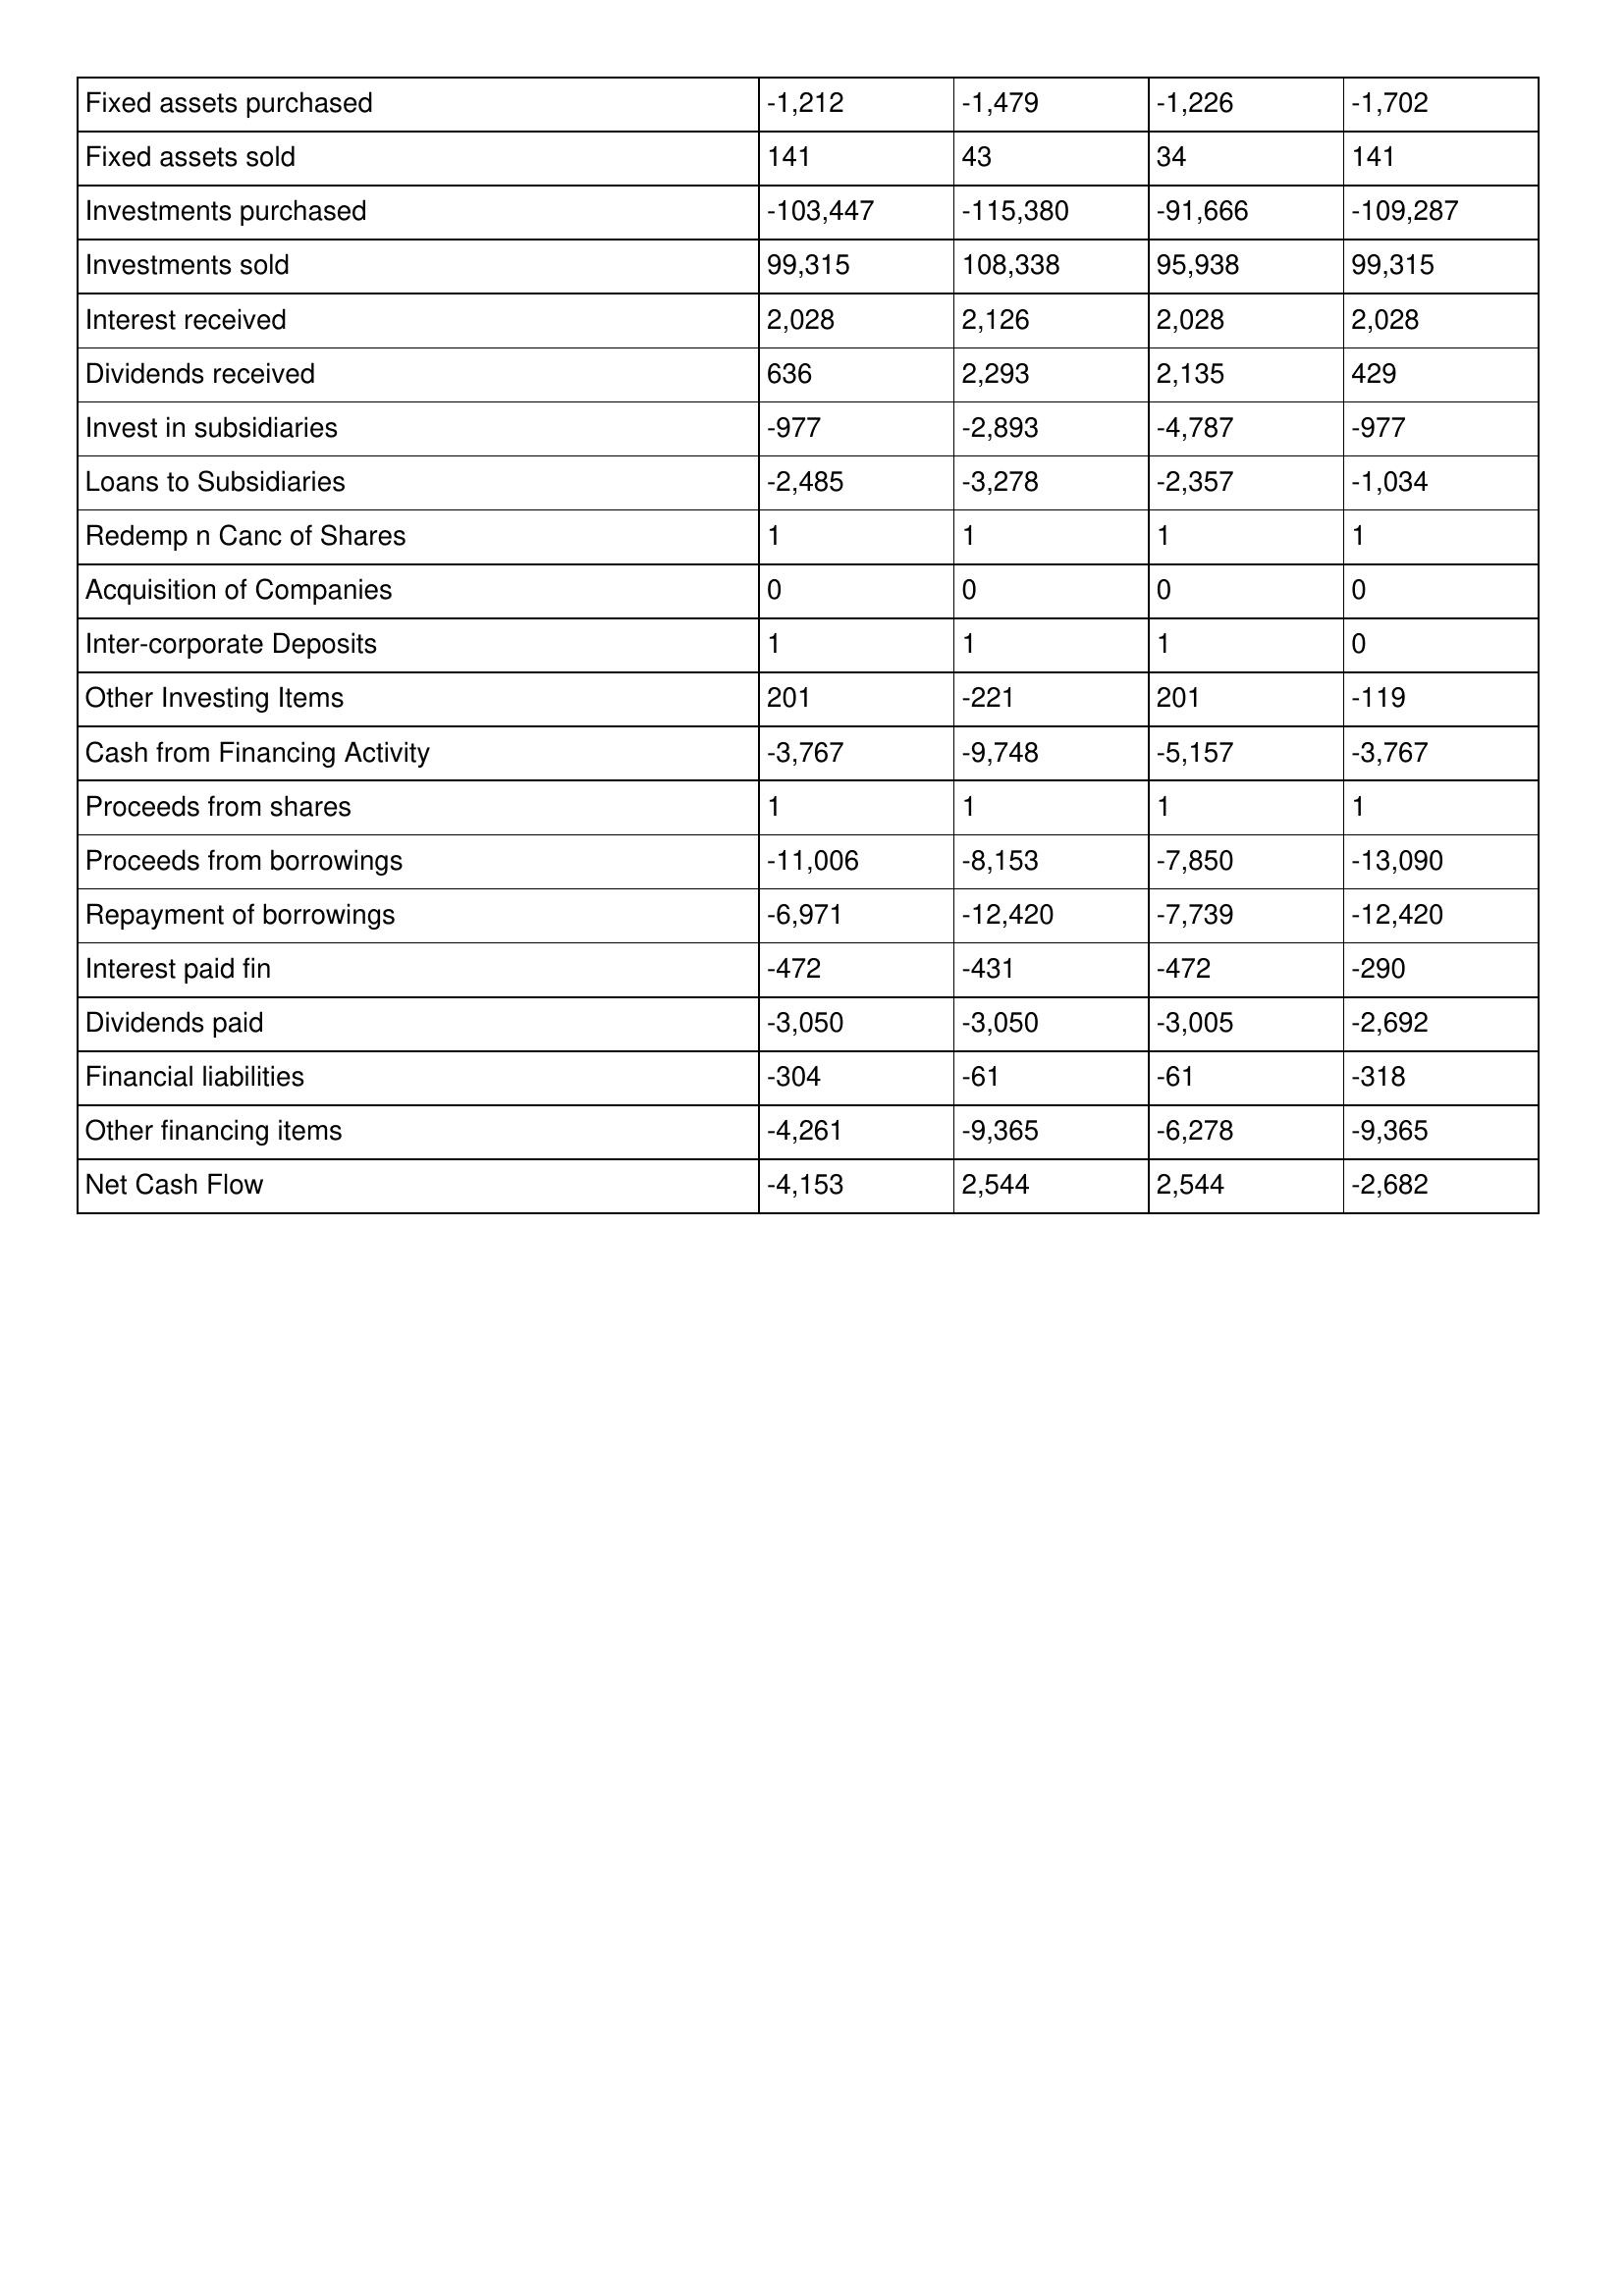
gt_parse: 2016: Cash Flows: Fixed assets purchased: -1,212
Fixed assets sold: 141
Investments purchased: -103,447
Investments sold: 99,315
Interest received: 2,028
Dividends received: 636
Invest in subsidiaries: -977
Loans to Subsidiaries: -2,485
Redemp n Canc of Shares: 1
Acquisition of Companies: 0
Inter-corporate Deposits: 1
Other Investing Items: 201
Cash from Financing Activity: -3,767
Proceeds from shares: 1
Proceeds from borrowings: -11,006
Repayment of borrowings: -6,971
Interest paid fin: -472
Dividends paid: -3,050
Financial liabilities: -304
Other financing items: -4,261
Net Cash Flow: -4,153
2015: Cash Flows: Fixed assets purchased: -1,479
Fixed assets sold: 43
Investments purchased: -115,380
Investments sold: 108,338
Interest received: 2,126
Dividends received: 2,293
Invest in subsidiaries: -2,893
Loans to Subsidiaries: -3,278
Redemp n Canc of Shares: 1
Acquisition of Companies: 0
Inter-corporate Deposits: 1
Other Investing Items: -221
Cash from Financing Activity: -9,748
Proceeds from shares: 1
Proceeds from borrowings: -8,153
Repayment of borrowings: -12,420
Interest paid fin: -431
Dividends paid: -3,050
Financial liabilities: -61
Other financing items: -9,365
Net Cash Flow: 2,544
2014: Cash Flows: Fixed assets purchased: -1,226
Fixed assets sold: 34
Investments purchased: -91,666
Investments sold: 95,938
Interest received: 2,028
Dividends received: 2,135
Invest in subsidiaries: -4,787
Loans to Subsidiaries: -2,357
Redemp n Canc of Shares: 1
Acquisition of Companies: 0
Inter-corporate Deposits: 1
Other Investing Items: 201
Cash from Financing Activity: -5,157
Proceeds from shares: 1
Proceeds from borrowings: -7,850
Repayment of borrowings: -7,739
Interest paid fin: -472
Dividends paid: -3,005
Financial liabilities: -61
Other financing items: -6,278
Net Cash Flow: 2,544
2013: Cash Flows: Fixed assets purchased: -1,702
Fixed assets sold: 141
Investments purchased: -109,287
Investments sold: 99,315
Interest received: 2,028
Dividends received: 429
Invest in subsidiaries: -977
Loans to Subsidiaries: -1,034
Redemp n Canc of Shares: 1
Acquisition of Companies: 0
Inter-corporate Deposits: 0
Other Investing Items: -119
Cash from Financing Activity: -3,767
Proceeds from shares: 1
Proceeds from borrowings: -13,090
Repayment of borrowings: -12,420
Interest paid fin: -290
Dividends paid: -2,692
Financial liabilities: -318
Other financing items: -9,365
Net Cash Flow: -2,682